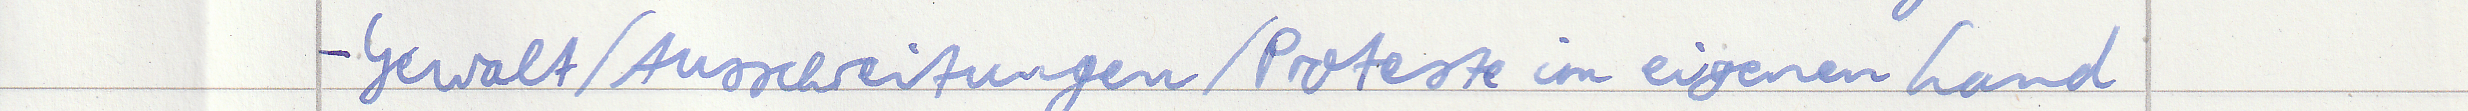
- Gewalt / Ausschreitungen / Proteste im eigenen Land